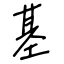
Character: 基